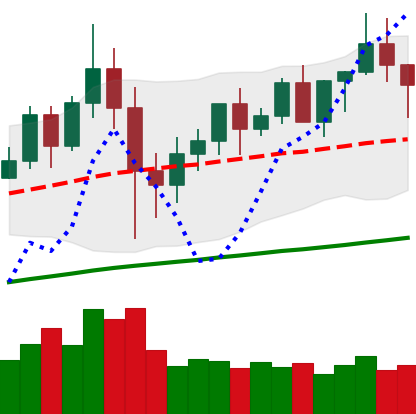
Ticker: XMR-USD
Chart end date: 2020-12-09
Forward return: 15.121%
Label: up_7plus